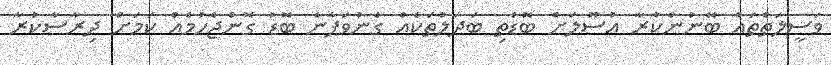
ވަސީލަތްތައް ބޭނުންކުރާ އުސޫލަށް ބޮޑެތި ބަދަލުތަކެއް ގެނުވަފާނެ ބޮޑު ގޮންޖެހުމެއް ކަމަށް ދިރާސާކުރާ